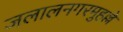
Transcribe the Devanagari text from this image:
जलालनगरमुहल्ले